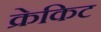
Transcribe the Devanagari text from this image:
क्रेकिट